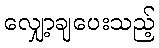
လျှော့ချပေးသည့်